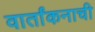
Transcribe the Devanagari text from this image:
वार्तांकनाची